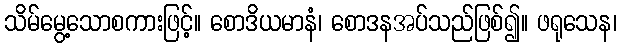
သိမ်မွေ့သောစကားဖြင့်။ စောဒိယမာနံ၊ စောဒနအပ်သည်ဖြစ်၍။ ဖရုသေန၊